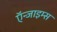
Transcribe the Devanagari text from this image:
ऍन्जाइम्स